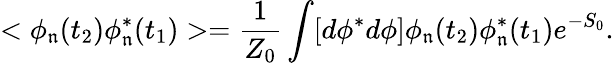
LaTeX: <\phi_{\mathfrak{n}}(t_{2})\phi_{\mathfrak{n}}^{*}(t_{1})>=\frac{{1}}{{Z_{0}}}\int[d\phi^{*}d\phi]\phi_{\mathfrak{n}}(t_{2})\phi_{\mathfrak{n}}^{*}(t_{1})e^{-S_{0}}.